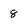
Character: 8